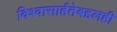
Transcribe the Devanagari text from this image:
विश्‍वासार्हतेबद्दलही